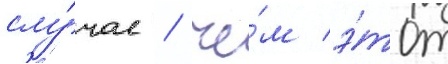
слу́чае / че́м э́тот